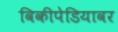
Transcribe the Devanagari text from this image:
विकीपेडियावर